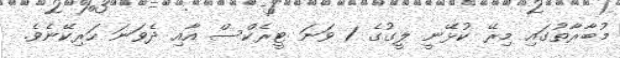
މުބާރާތުގައި މިރޭ ކުޅޭނީ ލީގުގެ 1 ވަނަ ޓީރެކްސް އާއި ދެވަނަ ހަރިކޭނެވެ.